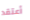
أعتقد